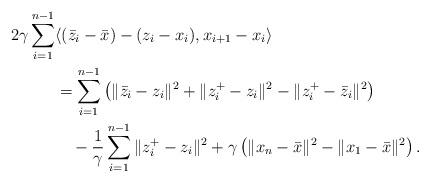
LaTeX: \begin{align*}\begin{aligned} 2\gamma \sum_{i=1}^{n-1} &\langle (\bar{z}_i-\bar{x})-(z_i-x_i),x_{i+1}-x_i\rangle \\& = \sum_{i=1}^{n-1} \left(\|\bar{z}_i-z_i\|^2 + \|z_i^+-z_i\|^2 - \| z_i^+-\bar{z}_i\|^2 \right) \\& \quad-\frac{1}{\gamma} \sum_{i=1}^{n-1} \|z_i^+-z_i\|^2 + \gamma \left( \|x_{n}-\bar{x}\|^2 - \|x_1-\bar{x}\|^2\right).\end{aligned}\end{align*}